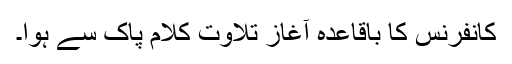
کانفرنس کا باقاعدہ آغاز تلاوت کلام پاک سے ہوا۔